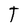
Character: T